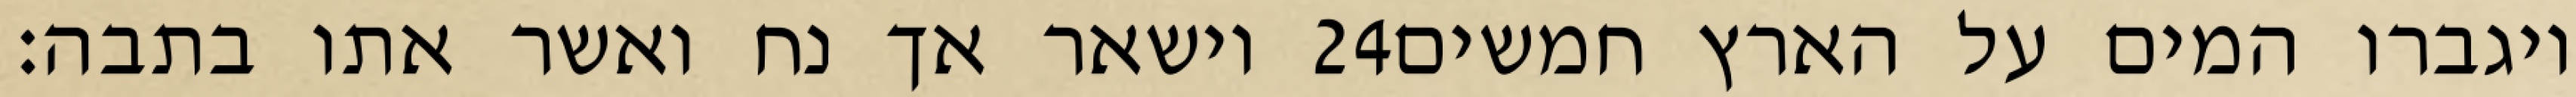
וישאר אך נח ואשר אתו בתבה׃ ‎24‏ ויגברו המים על הארץ חמשים